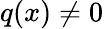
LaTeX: q(x)\neq 0